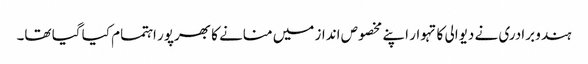
ہندو برادری نے دیوالی کا تہوار اپنے مخصوص انداز میں منانے کا بھرپور اہتمام کیا گیا تھا۔